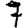
Digit: 7